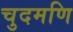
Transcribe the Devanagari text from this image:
चुदमणि